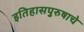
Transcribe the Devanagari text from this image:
इतिहासपुरुषाचे